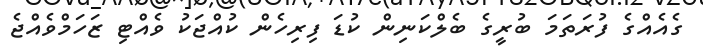
ގެއެއްގެ ފުރަތަމަ ބުރީގެ ބެލްކަނިން ކުޑަ ފިރިހެން ކުއްޖަކު ވެއްޓި ޒަހަމްވެއްޖެ